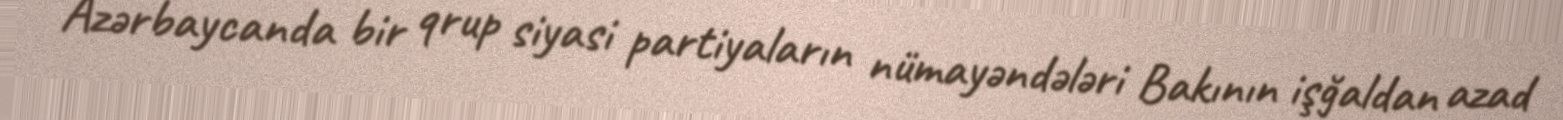
Azərbaycanda bir qrup siyasi partiyaların nümayəndələri Bakının işğaldan azad